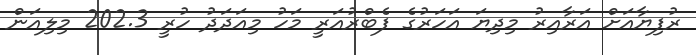
ރުފިޔާއަށް އަރާއިރު މިދިޔަ އަހަރުގެ ފެބްރުއަރީ މަހު މިއަދަދު ހުރީ 202.3 މިލިއަން